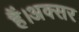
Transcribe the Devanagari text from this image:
हैं।अक्सर